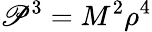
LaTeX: \mathscr{P}^{3}=M^{2}\rho^{4}